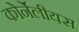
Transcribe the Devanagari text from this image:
कोर्नेलीयस